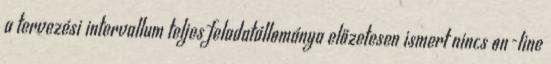
a tervezési intervallum teljes feladatállománya előzetesen ismert nincs on-line